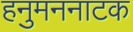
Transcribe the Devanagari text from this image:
हनुमननाटक